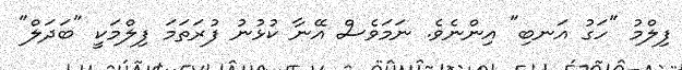
ފިލްމު "ހަގު އަނބި" އިންނެވެ. ނަމަވެސް އޭނާ ކުޅުނު ފުރަތަމަ ފިލްމަކީ "ބަދަލް"